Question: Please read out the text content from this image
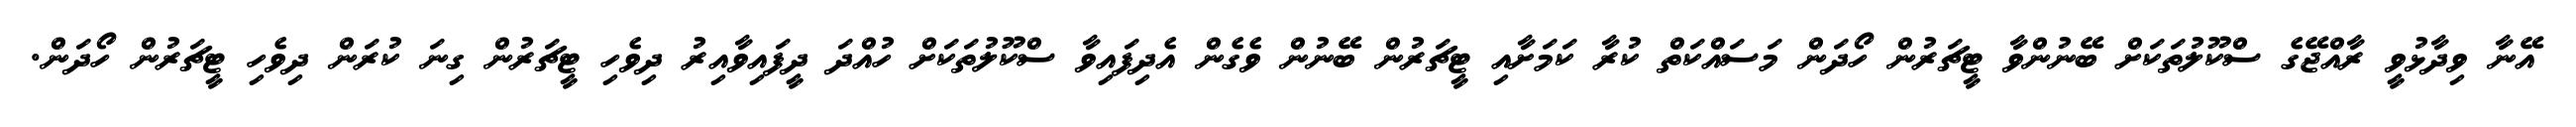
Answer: އޭނާ ވިދާޅުވީ ރާއްޖޭގެ ސްކޫލުތަކަށް ބޭނުންވާ ޓީޗަރުން ހޯދަން މަސައްކަތް ކުރާ ކަމަށާއި ޓީޗަރުން ބޭނުން ވެގެން އެދިފައިވާ ސްކޫލުތަކަށް ހުއްދަ ދީފައިވާއިރު ދިވެހި ޓީޗަރުން ގިނަ ކުރަން ދިވެހި ޓީޗަރުން ހޯދަން.